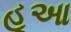
હૂઆ